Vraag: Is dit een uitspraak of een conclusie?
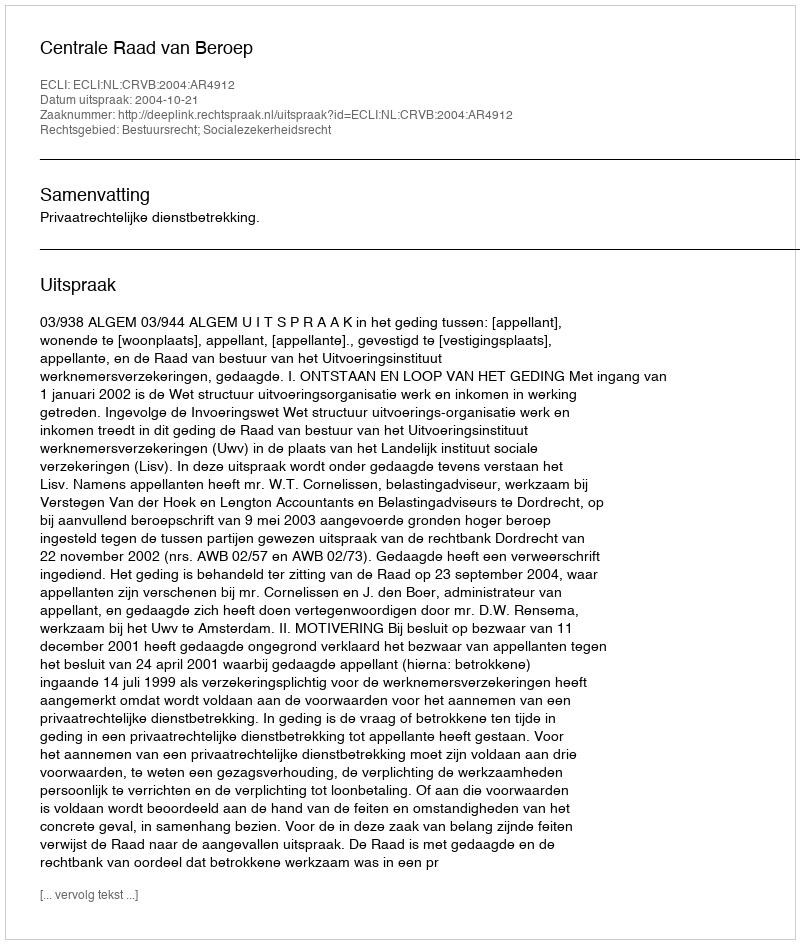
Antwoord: Uitspraak